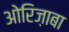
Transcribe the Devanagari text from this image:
ओरिज़ाबा